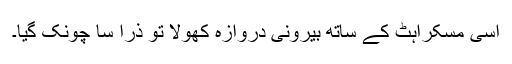
اسی مسکراہٹ کے ساتھ بیرونی دروازہ کھولا تو ذرا سا چونک گیا۔